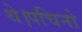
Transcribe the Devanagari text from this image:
थे।पचिनो